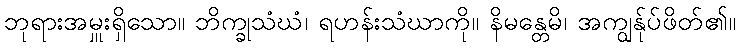
ဘုရားအမှူးရှိသော။ ဘိက္ခုသံဃံ၊ ရဟန်းသံဃာကို။ နိမန္တေမိ၊ အကျွန်ုပ်ဖိတ်၏။